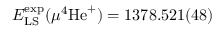
E _ { \mathrm { L S } } ^ { \mathrm { e x p } } ( \mu ^ { 4 } \mathrm { H e } ^ { + } ) = 1 3 7 8 . 5 2 1 ( 4 8 )